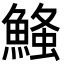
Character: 𮬃